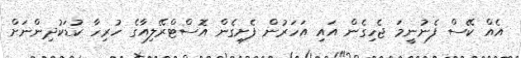
އެއް ކޭސް ފެނުނީމަ ޖެހިގެން އައި އަހަރުން ފެށިގެން އޮސްޓްރޭލިއާގެ ހުރިހާ ކުޑަކުދިންނަށް